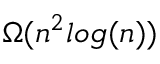
\Omega ( n ^ { 2 } l o g ( n ) )